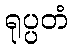
ရုပ္ပတံ